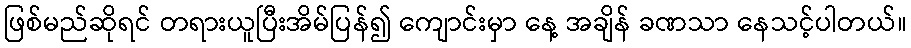
ဖြစ်မည်ဆိုရင် တရားယူပြီးအိမ်ပြန်၍ ကျောင်းမှာ နေ့ အချိန် ခဏသာ နေသင့်ပါတယ်။